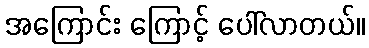
အကြောင်း ကြောင့် ပေါ်လာတယ်။